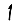
Digit: 1